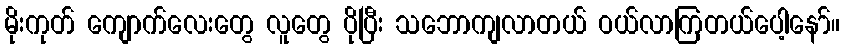
မိုးကုတ် ကျောက်လေးတွေ လူတွေ ပိုပြီး သဘောကျလာတယ် ဝယ်လာကြတယ်ပေါ့နော်။